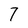
Character: 7